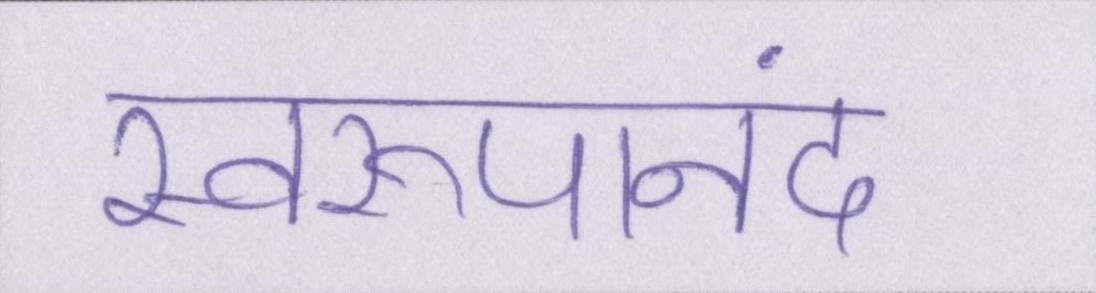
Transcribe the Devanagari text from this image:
स्वरूपानंद